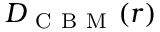
D _ { \mathrm { ~ C ~ B ~ M ~ } } ( r )